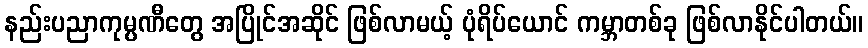
နည်းပညာကုမ္ပဏီတွေ အပြိုင်အဆိုင် ဖြစ်လာမယ့် ပုံရိပ်ယောင် ကမ္ဘာတစ်ခု ဖြစ်လာနိုင်ပါတယ်။